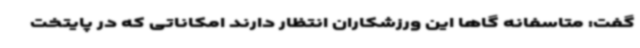
گفت: متاسفانه گاها این ورزشکاران انتظار دارند امکاناتی که در پایتخت